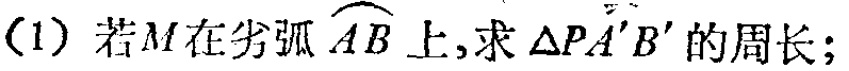
(1) 若\(M\)在劣弧\(\overset{\frown}{AB}\)上,求\(\triangle PA'B'\)的周长;